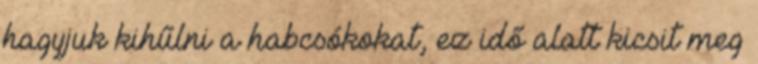
hagyjuk kihűlni a habcsókokat, ez idő alatt kicsit meg